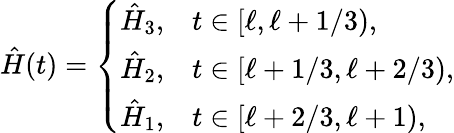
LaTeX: \hat{H}(t)=\left\{ \begin{array}{ll}{\hat{H}_{3},}&{t\in[\ell,\ell+1/3),}\\ {\hat{H}_{2},}&{t\in[\ell+1/3,\ell+2/3),}\\ {\hat{H}_{1},}&{t\in[\ell+2/3,\ell+1),}\end{array}\right.